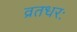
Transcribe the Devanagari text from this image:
व्रतधरः